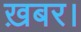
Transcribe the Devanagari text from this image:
ख़बर।